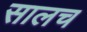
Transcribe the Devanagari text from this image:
सालच